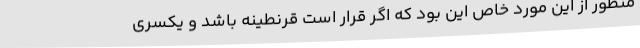
منظور از این مورد خاص این بود که اگر قرار است قرنطینه باشد و یکسری